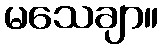
မသေချာ။